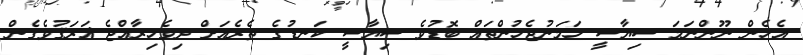
އެހެން ނޫންނަމަ ސިޔާސީ ހަމަނުޖެހުންތައް ބޮޑުވެ ސިޔާސީ ކަނޑުގެ ތެރެއަށް ދިވެހިރާއްޖެ ޣަރަޤުވެގެން